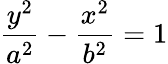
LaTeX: {\frac{y^{2}}{a^{2}}}-{\frac{x^{2}}{b^{2}}}=1